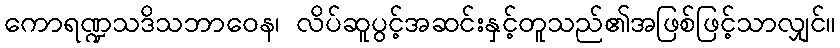
ကောရဏ္ဍသဒိသဘာဝေန၊ လိပ်ဆူပွင့်အဆင်းနှင့်တူသည်၏အဖြစ်ဖြင့်သာလျှင်။